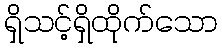
ရှိသင့်ရှိထိုက်သော